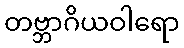
တဗ္ဘာဂိယဝါရော